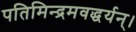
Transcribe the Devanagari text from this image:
पतिमिन्द्रमवद्धर्यन्।